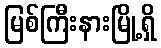
မြစ်ကြီးနားမြို့ရှိ